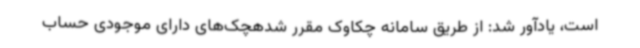
است، یادآور شد: از طریق سامانه چکاوک مقرر شدهچک‌های دارای موجودی حساب